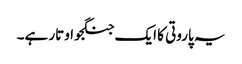
یہ پاروتی کا ایک جنگجو اوتار ہے۔